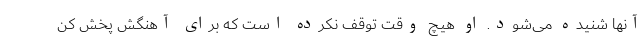
آنها شنیده می‌شود. او هیچ وقت توقف نکرده است که برای آهنگش پخش کن